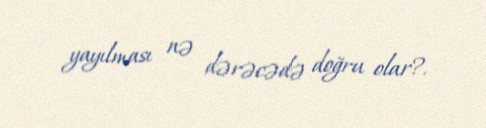
yayılması nə dərəcədə doğru olar?.